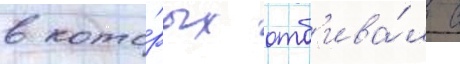
в кото́рых отб'ива́л с